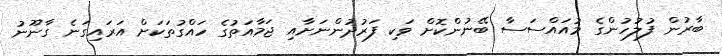
ބާރުން ފުލުހުންގެ މުއައްސަސާ ބޭނުންކޮށް ވަކި ފަރުދުންނަށާއި ޖަމާއަތުގެ ހައްގުތަކަށް އަރައިގަނެ ގާނޫނު